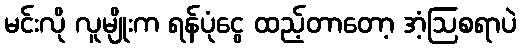
မင်းလို လူမျိုးက ရန်ပုံငွေ ထည့်တာတော့ အံ့ဩစရာပဲ